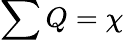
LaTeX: \sum Q=\chi